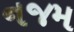
નજમ